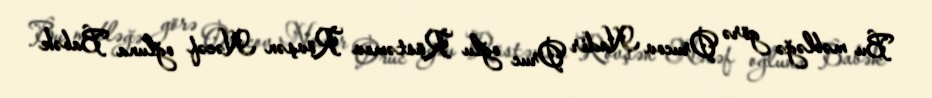
Bu məbləğə görə Orucov Nadir Oruc oğlu Rüstəmov Rövşən Nəcəf oğluna Babək